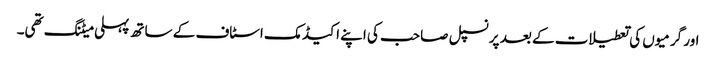
اور گرمیوں کی تعطیلات کے بعد پرنسپل صاحب کی اپنے اکیڈمک اسٹاف کے ساتھ پہلی میٹنگ تھی۔